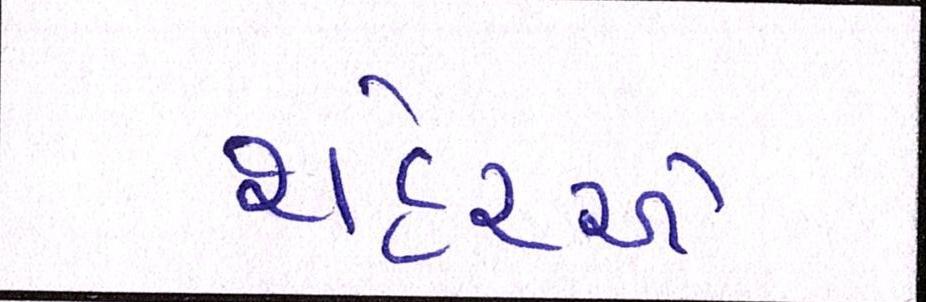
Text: શહેરએ